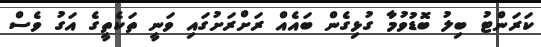
ކަރަންޓު ބިލު ބޮޑުވުމާ ގުޅިގެން ބައެއް ރަށްރަށުގައި ވަނީ ތަކެތީގެ އަގު ވެސް